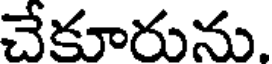
చేకూరును.